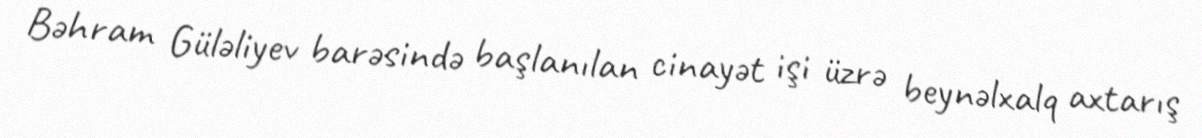
Bəhram Güləliyev barəsində başlanılan cinayət işi üzrə beynəlxalq axtarış